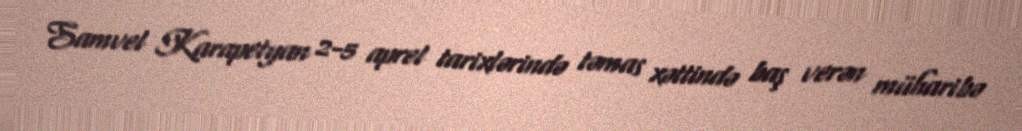
Samvel Karapetyan 2-5 aprel tarixlərində təmas xəttində baş verən müharibə